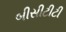
બીસીટીટી